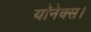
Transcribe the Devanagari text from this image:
यॉनेक्स।